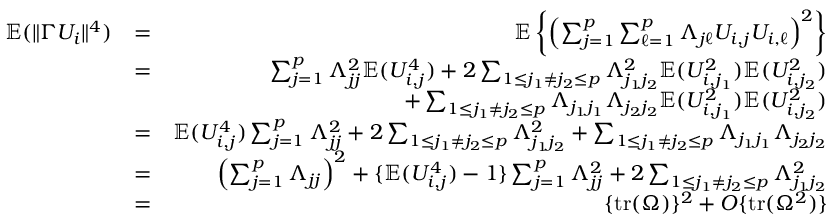
\begin{array} { r l r } { { \mathbb { E } } ( \| \Gamma U _ { i } \| ^ { 4 } ) } & { = } & { { \mathbb { E } } \left\{ \left( \sum _ { j = 1 } ^ { p } \sum _ { \ell = 1 } ^ { p } \Lambda _ { j \ell } U _ { i , j } U _ { i , \ell } \right) ^ { 2 } \right\} } \\ & { = } & { \sum _ { j = 1 } ^ { p } \Lambda _ { j j } ^ { 2 } { \mathbb { E } } ( U _ { i , j } ^ { 4 } ) + 2 \sum _ { 1 \leq j _ { 1 } \neq j _ { 2 } \leq p } \Lambda _ { j _ { 1 } j _ { 2 } } ^ { 2 } { \mathbb { E } } ( U _ { i , j _ { 1 } } ^ { 2 } ) { \mathbb { E } } ( U _ { i , j _ { 2 } } ^ { 2 } ) } \\ & { } & { + \sum _ { 1 \leq j _ { 1 } \neq j _ { 2 } \leq p } \Lambda _ { j _ { 1 } j _ { 1 } } \Lambda _ { j _ { 2 } j _ { 2 } } { \mathbb { E } } ( U _ { i , j _ { 1 } } ^ { 2 } ) { \mathbb { E } } ( U _ { i , j _ { 2 } } ^ { 2 } ) } \\ & { = } & { { \mathbb { E } } ( U _ { i , j } ^ { 4 } ) \sum _ { j = 1 } ^ { p } \Lambda _ { j j } ^ { 2 } + 2 \sum _ { 1 \leq j _ { 1 } \neq j _ { 2 } \leq p } \Lambda _ { j _ { 1 } j _ { 2 } } ^ { 2 } + \sum _ { 1 \leq j _ { 1 } \neq j _ { 2 } \leq p } \Lambda _ { j _ { 1 } j _ { 1 } } \Lambda _ { j _ { 2 } j _ { 2 } } } \\ & { = } & { \left( \sum _ { j = 1 } ^ { p } \Lambda _ { j j } \right) ^ { 2 } + \{ { \mathbb { E } } ( U _ { i , j } ^ { 4 } ) - 1 \} \sum _ { j = 1 } ^ { p } \Lambda _ { j j } ^ { 2 } + 2 \sum _ { 1 \leq j _ { 1 } \neq j _ { 2 } \leq p } \Lambda _ { j _ { 1 } j _ { 2 } } ^ { 2 } } \\ & { = } & { \{ \mathrm { t r } ( \Omega ) \} ^ { 2 } + O \{ \mathrm { t r } ( \Omega ^ { 2 } ) \} } \end{array}